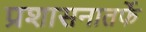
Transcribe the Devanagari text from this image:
प्रशासनातर्फे